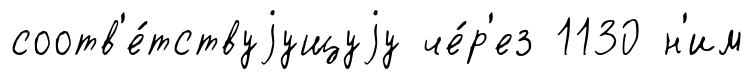
соотв'е́тствуjущуjу че́р'ез 1130 н'им